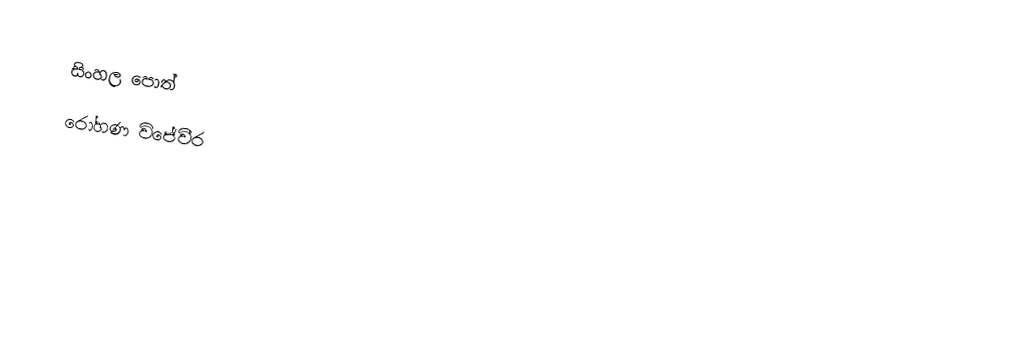
සිංහල පොත්
රෝහණ විජේවීර